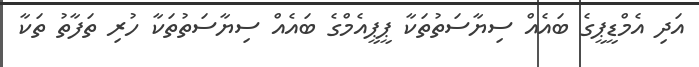
އަދި އެމްޑީޕީގެ ބައެއް ސިޔާސަތުތަކާ ޕީޕީއެމްގެ ބައެއް ސިޔާސަތުތަކާ ހުރި ތަފާތު ތަކާ